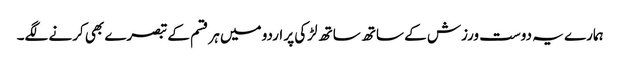
ہمارے یہ دوست ورزش کے ساتھ ساتھ لڑکی پر اردو میں ہر قسم کے تبصرے بھی کرنے لگے۔